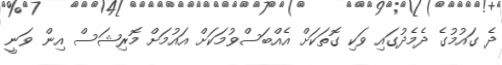
ދެ ގައުމުގެ ދެމެދުގައި ވަކި ގޮތަކަށް އެއްބަސްވުމަކަށް އައުމަށް މޮރިޝަސް އިން ވަނީ